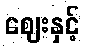
ဈေးနှင့်